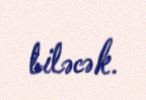
biləcək.